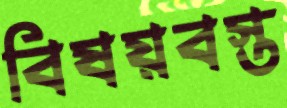
বিষয়বস্ত